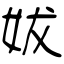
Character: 妭